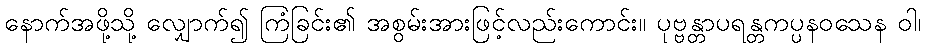
နောက်အဖို့သို့ လျှောက်၍ ကြံခြင်း၏ အစွမ်းအားဖြင့်လည်းကောင်း။ ပုဗ္ဗန္တာပရန္တကပ္ပနဝသေန ဝါ၊